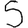
Digit: 5